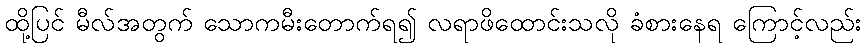
ထို့ပြင် မီလ်အတွက် သောကမီးတောက်ရ၍ လရာဖိထောင်းသလို ခံစားနေရ ကြောင့်လည်း